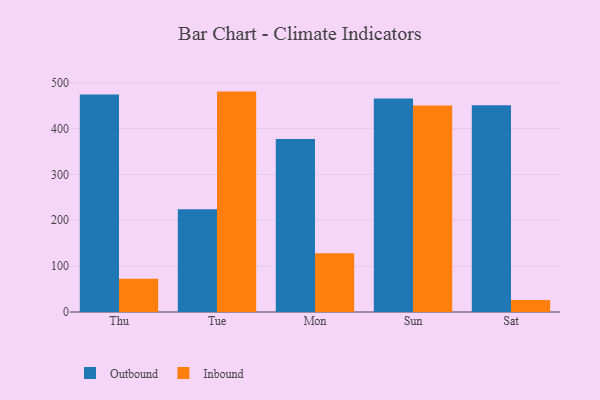
{"axis": {"x": "Day", "y": "Waste Production (Tons)"}, "legend": ["Inbound", "Outbound"], "data": [{"x": "Thu", "y": 474.2, "type": "Outbound"}, {"x": "Thu", "y": 72.5, "type": "Inbound"}, {"x": "Tue", "y": 224.0, "type": "Outbound"}, {"x": "Tue", "y": 480.6, "type": "Inbound"}, {"x": "Mon", "y": 377.2, "type": "Outbound"}, {"x": "Mon", "y": 128.0, "type": "Inbound"}, {"x": "Sun", "y": 465.5, "type": "Outbound"}, {"x": "Sun", "y": 450.4, "type": "Inbound"}, {"x": "Sat", "y": 450.8, "type": "Outbound"}, {"x": "Sat", "y": 25.9, "type": "Inbound"}]}